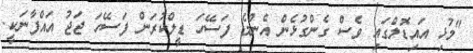
"މުޅި އައިޑޮލްގައި ވެސް ގެންގުޅެން އެންމެ ފަސޭހަ ޑީލްކުރަން ފަސޭހަ ޖަޖު އައްފާނަކީ.